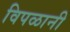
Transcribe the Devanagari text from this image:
विपळानी